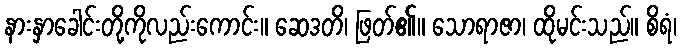
နားနှာခေါင်းတို့ကိုလည်းကောင်း။ ဆေဒတိ၊ ဖြတ်၏။ သောရာဇာ၊ ထိုမင်းသည်။ စိရံ၊